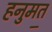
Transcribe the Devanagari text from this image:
हनुमत॒